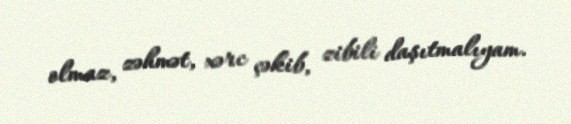
olmaz, zəhmət, xərc çəkib, zibili daşıtmalıyam.